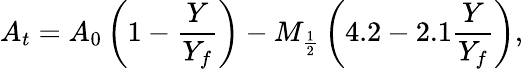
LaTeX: A_{t}=A_{0}\left(1-\frac{Y}{Y_{f}}\right)-M_{\frac{1}{2}}\left(4.2-2.1\frac{Y}{Y_{f}}\right),